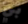
بي